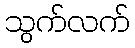
သွက်လက်